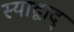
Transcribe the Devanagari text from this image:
स्याद्वाद्